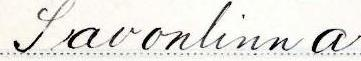
Savonlinna